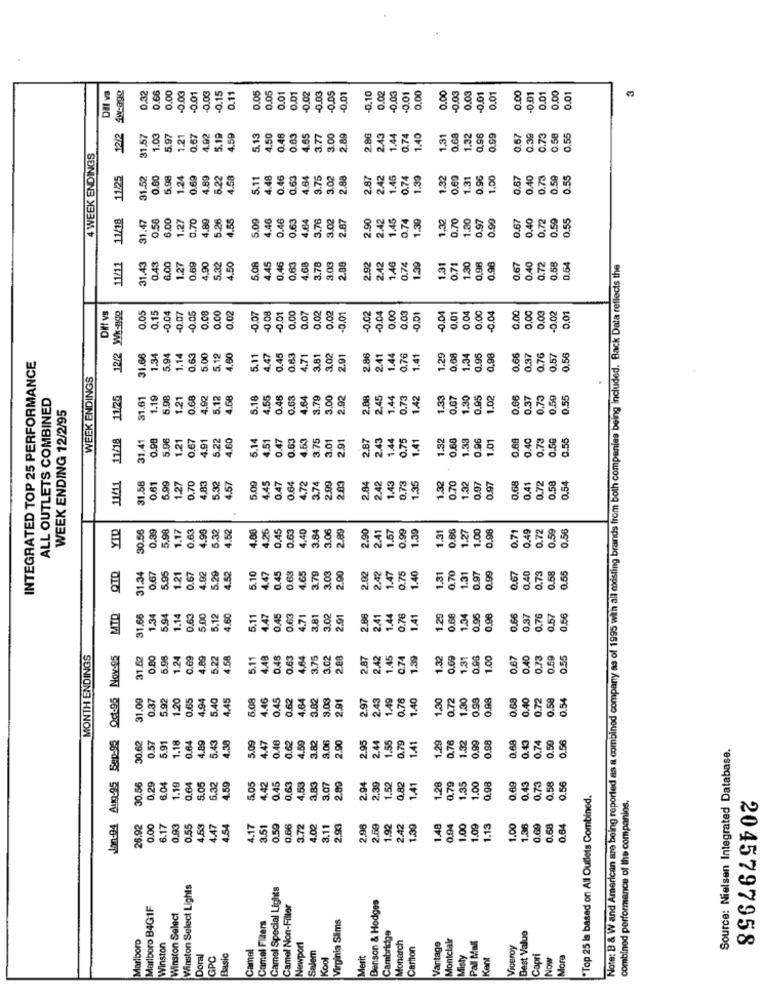
Det va
4w-age
0.32
0.66
0.05
0.05
0.02
0.03
0.01
0.00
0.01
0.00
0.03
0.01
0.03
0.15
0.11
0.01
0.01
-0.02
-0.03
-0.05
0.01
0.10
-0.03
-0.01
0.00
0.00
-0.03
0.01
0.00
-0.01
0.01
12/2
31.57
1.03
5.97
1.21
0.67
1.92
5.19
4.59
5,13
4.50
0.46
0.03
1.65
3.77
3.00
2.89
2.86
2.43
1.44
0.74
1.40
1.31
0.68
1.32
0.96
0.99
0.67
0.39
0.73
0.58
0.55
4 WEEK ENDINGS
1125
31.52
0.80
5.98
1.24
.69
1.89
6.22
4.58
5.11
4.48
0.46
0.63
4.64
3.75
3.02
2.88
2.87
2.42
1.45
0.74
1.39
1.32
0.69
1.31
0.96
1.00
0.67
0.40
0.73
0.55
11/18
0.56
3.00
1.27
1.70
4.89
.26
4.55
5.09
4.46
0.46
0.63
1.64
3.76
3.02
2.87
2.90
2.42
1.45
0.74
1.39
1.32
1.30
0.97
0.90
0.67
0.40
0.50
9.55
0.70
0.72
11/12
1.27
4.45
4.68
0.98
31.43
0.43
6.00
0.69
4.90
5.32
4.50
5.08
0.46
0.63
3.78
3.03
2.89
2.92
2.42
1.4G
0.74
1.31
0,71
1.30
0.98
0.67
0.40
0.72
.58
1.64
Note: B & W and American are being reported as a combined company as of 1995 with all mdisting brands from both companies being included. Back Data reflects the
0.00
0.02
0.02
0.00
0,03
0.04
0.04
0.00
0.00
0,00
0,03
Diff vs
12/2 Wk-ngQ
0.05
0.15
-0.04
-0.07.
-0.05
0.00
-0.07
-0.08
-0.01
0.00
0.07
0.02
-0.01
-0.02
-0.04
0.01
0.01
-0.04
-0.00
0,01
31.66
1.34
5.94
0,63
5.00
5.12
4.60
5.11
4.47
0.45
0,63
4.71
3.81
3.02
2.01
2.86
2.41
1.44
0.76
1.41
1.29
0.68
1.34
0.95
0,98
0.66
0.37
0.76
0.57
0.56
INTEGRATED TOP 25 PERFORMANCE
WEEK ENDINGS
ALL OUTLETS COMBINED
11/25
1.19
5.98
1.21
0.68
4.92
5.12
4.68
5.18
4.55
0.46
0.63
4.64
3.79
3.00
2.92
2.88
2.45
1.44
0.73
1.42
1.33
0.67
1.30
0.95
1.02
0.66
0.37
0.73
0.50
0.55
WEEK ENDING 12/2/95
11/18
31.41
0.98
5.98
1.21
0.67
4.91
5.22
4.60
5.14
4.51
0.47
0.63
4.53
3.75
3.01
2.91
2.87
2.43
1.44
0.75
1.41
1.32
0.68
1.33
0.96
1.01
0.68
0.40
0.73
0.55
11/11
1.43
1.32
9.58
0.54
31.58
0.61
5.99
1.27
0.70
4,83
5.32
4.57
5.00
1.45
0.47
0.64
4,72
3.74
2.99
2.83
2.84
2.42
0.73
1.35
0.70
632
0.97
0.97
0.68
0.41
0.72
YID
30.56
5.98
1.17
0.63
4.90
5.32
4.52
4.88
4.25
0.45
0.63
4.40
3.84
3.06
2.89
2.90
1.67
0.99
1.39
1.31
0.86
1.27
1.00
0.98
0.71
0.49
0.72
0.59
0.56
2.41
4.65
0.65
31.34
0.67
5.95
1.21
0.67
4.92
5.29
4.52
5.10
4.47
0.45
0.63
3.79
3.03
2.90
2.42
1.47
0.75
1.40
1.31
0.70
1.31
0.97
0.99
0.67
0.40
0.73
0.68
MATO
1.34
5.94
1.14
0.63
5.00
5.12
4.60
5.11
4.47
0.45
0.63
4.71
3.81
3.02
2.91
2.86
2.41
1.44
0.76
1.41
1.29
0.68
1.34
0.95
0.98
0.66
0,37
2.7G
0.57
MONTH ENDINGS
Od:95 Nov-05
31.52
0.80
6.98
1.24
0.69
4.89
5.22
4.58
5.11
4.48
0.45
0.63
4.84
3.75
3.02
2.88
2.87
2.42
1.45
0.74
1.39
1.32
0.09
1.31
0.93
1.00
0.67
0,40
0.73
0.59
0.55
31.09
0.37
5.92
1.20
0.65
4.94
4.45
5.08
1.46
0.45
0.62
4.64
3.02
2.91
2.97
2.43
1.49
0.76
1.40
1,30
1.30
3.98
0.98
0.68
0.40
0.72
0.58
5.40
3.00
0.72
0.54
Jan-94 Aug-95 Sep-95
5.91
1.18
0.64
4.89
5.43
4.38
5.09
4.47
0.48
0.62
4.59
3.82
3.06
2.90
2.95
1.55
0.79
1.29
1.32
0.99
0.98
0.68
0.43
0.56
0.57
2.44
1.41
0.76
0.74
0.59
Source: Nielsen Integrated Database.
8
0.69
30.56
0,29
6.04
1.19
0.64
5.05
5.32
4.59
6.05
4.42
0.45
0.63
4.53
3.83
3.07
2.89
2.94
2.39
1.52
0.82
1.41
1.28
0.79
1.35
1.00
0.98
0.43
0.73
0.58
0.56
"Top 25 Is based on All Outlets Combined.
combined performance of the companies.
26.92
0.00
6.17
0.93
0.55
1,53
4.47
4.54
4.17
3.51
0.59
0.66
3.72
1.02
3.11
2.93
2.96
2.60
1.92
2.42
1.39
1.48
0,04
1.00
1.09
1.13
1.00
1.36
0.69
0.68
0.84
Winston Select Lights
Camel Special Lights
Benson & Hodges
Marlboro B4G1F
Camel Non-Filter
Winston Select
Camel Filters
Virginia Sims
Marlboro
Cambridge
Monarch
Montclair
Pall Mall
Best Value
Winston
Camel
Newport
Salem
Carton
Vantage
Viceroy
2045797958
Doral
GPC
Basic
Kool
Merit
Misty
Kent
Capri
Now
More